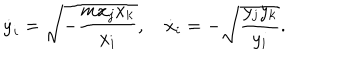
\dot { y } _ { i } = \sqrt { - { \frac { m x _ { j } x _ { k } } { x _ { i } } } } , \quad \dot { x } _ { i } = - \sqrt { { \frac { y _ { j } y _ { k } } { y _ { i } } } } .